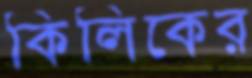
কিলিকের